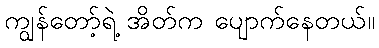
ကျွန်တော့်ရဲ့ အိတ်က ပျောက်နေတယ်။